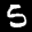
Label: 5